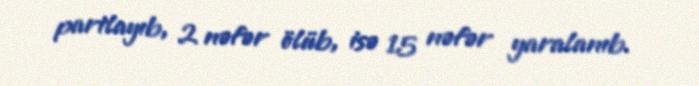
partlayıb, 2 nəfər ölüb, isə 15 nəfər yaralanıb.